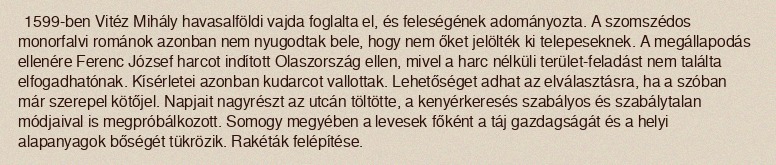
1599-ben Vitéz Mihály havasalföldi vajda foglalta el, és feleségének adományozta. A szomszédos monorfalvi románok azonban nem nyugodtak bele, hogy nem őket jelölték ki telepeseknek. A megállapodás ellenére Ferenc József harcot indított Olaszország ellen, mivel a harc nélküli terület-feladást nem találta elfogadhatónak. Kísérletei azonban kudarcot vallottak. Lehetőséget adhat az elválasztásra, ha a szóban már szerepel kötőjel. Napjait nagyrészt az utcán töltötte, a kenyérkeresés szabályos és szabálytalan módjaival is megpróbálkozott. Somogy megyében a levesek főként a táj gazdagságát és a helyi alapanyagok bőségét tükrözik. Rakéták felépítése.